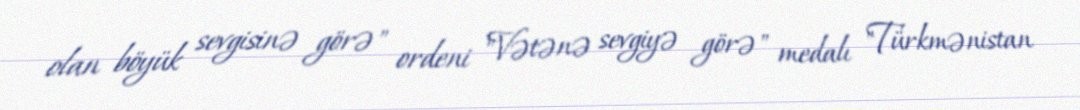
olan böyük sevgisinə görə" ordeni "Vətənə sevgiyə görə" medalı "Türkmənistan